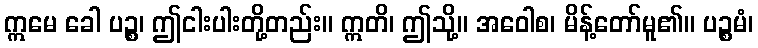
ဣမေ ခေါ ပဉ္စ၊ ဤငါးပါးတို့တည်း။ ဣတိ၊ ဤသို့။ အဝေါစ၊ မိန့်တော်မူ၏။ ပဉ္စမံ၊